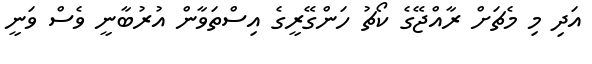
އަދި މި މެޗަށް ރާއްޖޭގެ ކޯޗު ހަންގޭރީގެ އިސްތަވާން އުރުބާނީ ވެސް ވަނީ